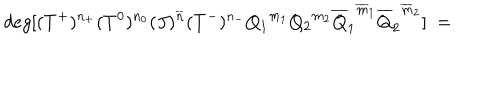
d e g [ ( T ^ { + } ) ^ { n _ { + } } ( T ^ { 0 } ) ^ { n _ { 0 } } ( J ) ^ { \overline { { { n } } } } ( T ^ { - } ) ^ { n _ { - } } { Q _ { 1 } } ^ { m _ { 1 } } { Q _ { 2 } } ^ { m _ { 2 } } { \overline { { { Q } } } _ { 1 } } ^ { \overline { { { m } } } _ { 1 } } { \overline { { { Q } } } _ { 2 } } ^ { \overline { { { m } } } _ { 2 } } ] \ =